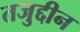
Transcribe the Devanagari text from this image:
तजुद्दीन